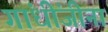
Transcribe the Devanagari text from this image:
गांधींजीना